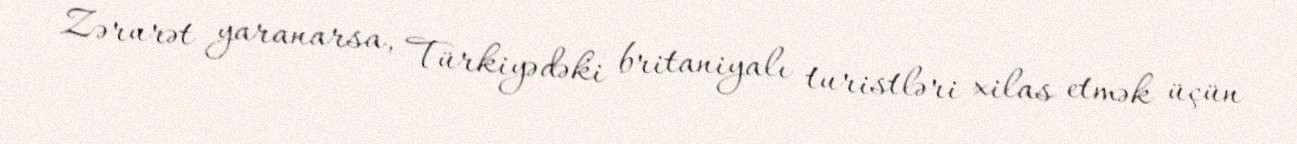
Zərurət yaranarsa, Türkiyədəki britaniyalı turistləri xilas etmək üçün